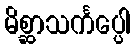
မိစ္ဆာသင်္ကပ္ပေါ